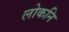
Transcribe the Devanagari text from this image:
लोकनि